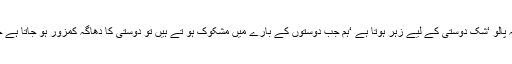
فرمایا دوستوں کے بارے میں شکوک نہ پالو ‘شک دوستی کے لیے زہر ہوتا ہے ‘ہم جب دوستوں کے بارے میں مشکوک ہو تے ہیں تو دوستی کا دھاگہ کمزور ہو جاتا ہے چنانچہ شک سے بچنا ضروری ہوتا ہے۔